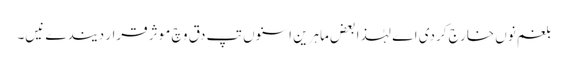
بلغم نو‏‏ں خارج کردی اے لہٰذا بعض ماہرین اسنو‏ں تپ دق وچ موثر قرار دیندے نیں۔